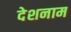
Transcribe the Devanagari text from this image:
देशनाम